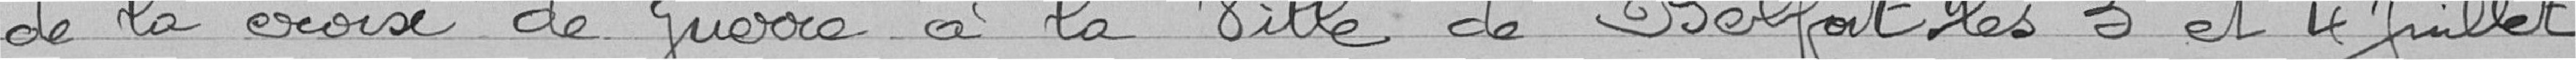
de la croix de guerre à la Ville de Belfort les 3 et 4 Juillet